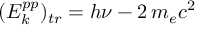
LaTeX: ( E _ { k } ^ { p p } ) _ { t r } = h \nu - 2 \, m _ { e } c ^ { 2 }